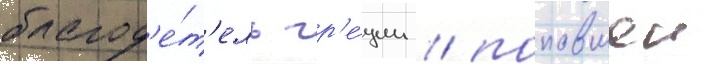
благод'е́т'ель гр'е́ции / попавшеи